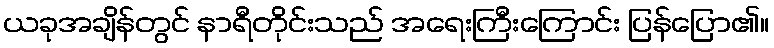
ယခုအချိန်တွင် နာရီတိုင်းသည် အရေးကြီးကြောင်း ပြန်ပြော၏။